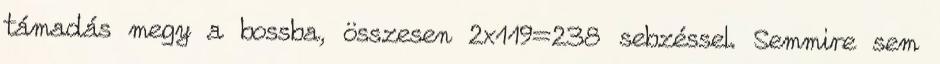
támadás megy a bossba, összesen 2x119=238 sebzéssel. Semmire sem